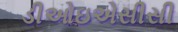
ડીઓઇએસીસી